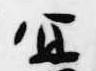
宣